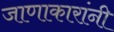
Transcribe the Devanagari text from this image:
जाणाकारांनी